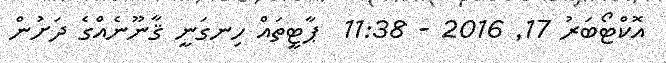
އޮކްޓޯބަރު 17